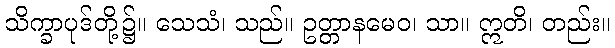
သိက္ခာပုဒ်တို့၌။ သေသံ၊ သည်။ ဥတ္တာနမေဝ၊ သာ။ ဣတိ၊ တည်း။